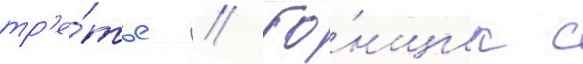
тр'е́тье // Го́нщик с